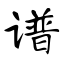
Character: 谱